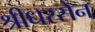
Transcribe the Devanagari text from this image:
श्रीधरसेन